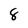
Character: 8